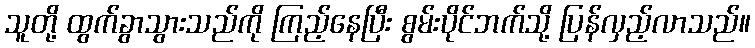
သူတို့ ထွက်ခွာသွားသည်ကို ကြည့်နေပြီး စွမ်းပိုင်ဘက်သို့ ပြန်လှည့်လာသည်။